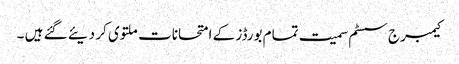
کیمبرج سسٹم سمیت تمام بورڈز کے امتحانات ملتوی کر دیئے گئے ہیں ۔